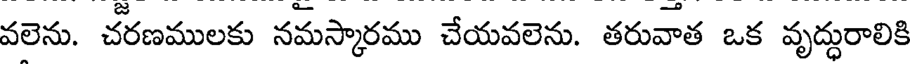
వలెను. చరణములకు నమస్కారము చేయవలెను. తరువాత ఒక వృద్ధురాలికి